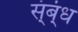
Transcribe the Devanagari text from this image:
स्ंब्ंध